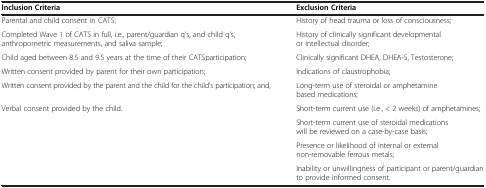
<table><thead><tr><td><b>Inclusion Criteria</b></td><td><b>Exclusion Criteria</b></td></tr></thead><tbody><tr><td>Parental and child consent in CATS;</td><td>History of head trauma or loss of consciousness;</td></tr><tr><td>Completed Wave 1 of CATS in full, i.e., parent/guardian q’s, and child q’s, anthropometric measurements, and saliva sample;</td><td>History of clinically significant developmental or intellectual disorder;</td></tr><tr><td>Child aged between 8.5 and 9.5 years at the time of their CATSparticipation;</td><td>Clinically significant DHEA, DHEA-S, Testosterone;</td></tr><tr><td>Written consent provided by parent for their own participation;</td><td>Indications of claustrophobia;</td></tr><tr><td>Written consent provided by the parent and the child for the child’s participation; and,</td><td>Long-term use of steroidal or amphetamine based medications;</td></tr><tr><td rowspan="4">Verbal consent provided by the child.</td><td>Short-term current use (i.e., &lt; 2 weeks) of amphetamines;</td></tr><tr><td>Short-term current use of steroidal medications will be reviewed on a case-by-case basis;</td></tr><tr><td>Presence or likelihood of internal or external non-removable ferrous metals;</td></tr><tr><td>Inability or unwillingness of participant or parent/guardian to provide informed consent.</td></tr></tbody></table>